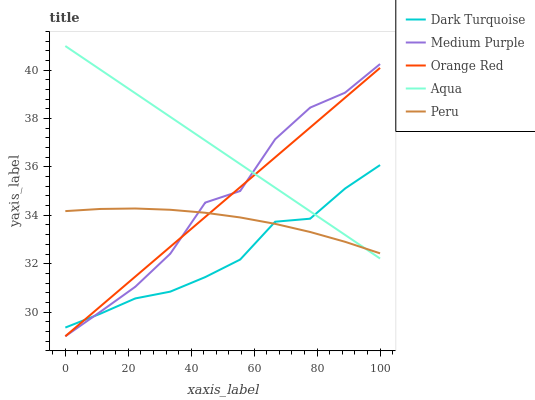
| xaxis_label | Dark Turquoise | Medium Purple | Orange Red | Aqua | Peru |
 | --- | --- | --- | --- | --- | --- |
 | 0 | 29.4 | 29 | 29 | 41 | 34.2 |
 | 11.1 | 29.9 | 30 | 30.2 | 40 | 34.3 |
 | 22.2 | 30.6 | 31 | 31.5 | 39 | 34.3 |
 | 33.3 | 30.8 | 32.4 | 32.7 | 38.1 | 34.2 |
 | 44.4 | 31.4 | 34.5 | 33.9 | 37.1 | 34.1 |
 | 55.6 | 32.2 | 35 | 35.2 | 36.1 | 33.9 |
 | 66.7 | 33.7 | 37.1 | 36.4 | 35.1 | 33.6 |
 | 77.8 | 33.9 | 38.5 | 37.6 | 34.2 | 33.3 |
 | 88.9 | 35.1 | 39.1 | 38.9 | 33.2 | 32.9 |
 | 100 | 36.1 | 40.3 | 40.1 | 32.2 | 32.4 |